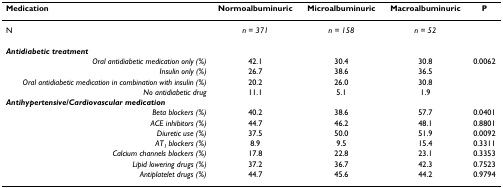
| Medication | Normoalbuminuric | Microalbuminuric | Macroalbuminuric | P |
 | --- | --- | --- | --- | --- |
 | N | n = 371 | n = 158 | n = 52 |  |
 | Antidiabetic treatment |  |  |  |  |
 | Oral antidiabetic medication only (%) | 42.1 | 30.4 | 30.8 | 0.0062 |
 | Insulin only (%) | 26.7 | 38.6 | 36.5 |  |
 | Oral antidiabetic medication in combination with insulin (%) | 20.2 | 26.0 | 30.8 |  |
 | No antidiabetic drug | 11.1 | 5.1 | 1.9 |  |
 | Antihypertensive/Cardiovascular medication |  |  |  |  |
 | Beta blockers (%) | 40.2 | 38.6 | 57.7 | 0.0401 |
 | ACE inhibitors (%) | 44.7 | 46.2 | 48.1 | 0.8801 |
 | Diuretic use (%) | 37.5 | 50.0 | 51.9 | 0.0092 |
 | AT1 blockers (%) | 8.9 | 9.5 | 15.4 | 0.3311 |
 | Calcium channels blockers (%) | 17.8 | 22.8 | 23.1 | 0.3353 |
 | Lipid lowering drugs (%) | 37.2 | 36.7 | 42.3 | 0.7523 |
 | Antiplatelet drugs (%) | 44.7 | 45.6 | 44.2 | 0.9794 |